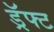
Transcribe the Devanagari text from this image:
ड्रॅफ्ट